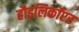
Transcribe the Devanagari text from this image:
हौइलिकॉप्टर